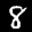
Label: 8